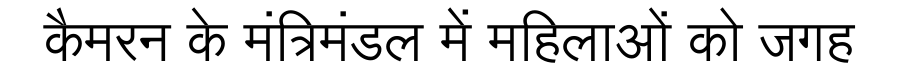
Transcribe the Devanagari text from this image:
कैमरन के मंत्रिमंडल में महिलाओं को जगह